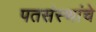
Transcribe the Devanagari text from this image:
पतसंस्थांचे